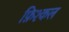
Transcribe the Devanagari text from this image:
फ़िश्कल